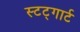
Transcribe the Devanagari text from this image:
स्टट्गार्ट